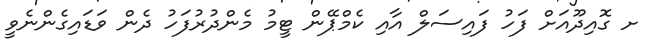
ށ ގޮއިދޫއަށް ފަހު ފައިސަލް އާއި ކެމްޕޭން ޓީމު މެންދުރުފަހު ދެން ވަޑައިގެންނެވީ